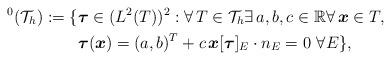
LaTeX: \begin{align*}^0(\mathcal{T}_h) := \{&\boldsymbol{\tau} \in (L^2(T))^2:\forall \, T \in \mathcal{T}_h \exists \, a,b,c \in \mathbb{R}\forall \, \boldsymbol{x} \in T, \\&\boldsymbol{\tau}(\boldsymbol{x}) = (a,b)^T + c \, \boldsymbol{x} [\boldsymbol{\tau}]_E \cdot n_E = 0 \,\, \forall E \},\end{align*}